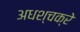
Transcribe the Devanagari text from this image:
अधश्चक्रे